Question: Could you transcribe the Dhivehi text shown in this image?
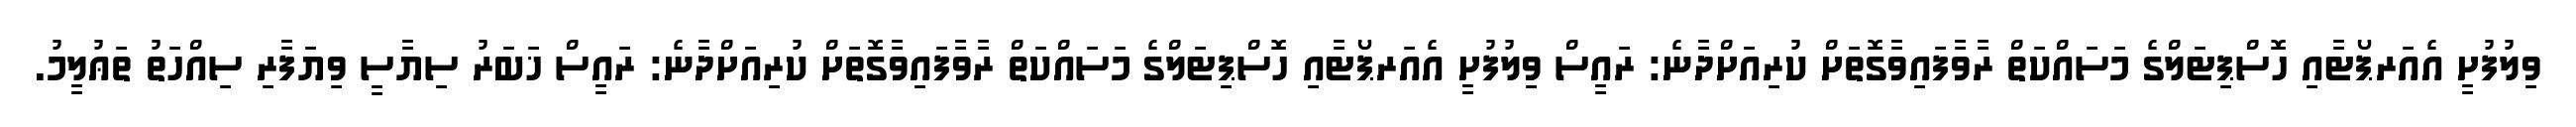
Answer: ވިލުފުށީ އެއަރޕޯޓާއި ހޮސްޕިޓަލްގެ މަސައްކަތް ރާވާފައިވާގޮތަށް ކުރިއަށްދާނެ: ރައީސް ވިލުފުށީ އެއަރޕޯޓާއި ހޮސްޕިޓަލްގެ މަސައްކަތް ރާވާފައިވާގޮތަށް ކުރިއަށްދާނެ: ރައީސް ޚަބަރު ސިޔާސީ ވިޔަފާރި ސިއްހަތު ތަޢުލީމު.